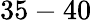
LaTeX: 35-40